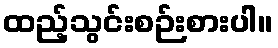
ထည့်သွင်းစဉ်းစားပါ။